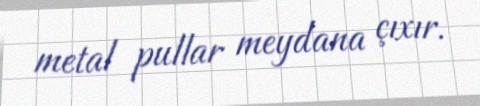
metal pullar meydana çıxır.